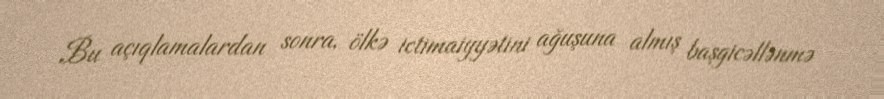
Bu açıqlamalardan sonra, ölkə ictimaiyyətini ağuşuna almış başgicəllənmə